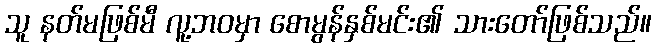
သူ နတ်မဖြစ်မီ လူ့ဘဝမှာ စောမွန်နှစ်မင်း၏ သားတော်ဖြစ်သည်။